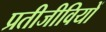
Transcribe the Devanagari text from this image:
प्रतीजीवियों